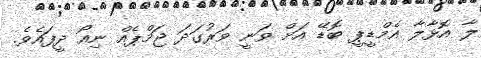
ލާ އޮޅާލާ އެމްޑީޕީ ބޮޑޭ އަށް ވަނީ ވަރުގަދަ ޖަމްޕެއް ނިއޯ ދީފައެވެ.